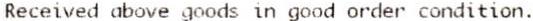
RECEIVED ABOVE GOODS IN GOOD ORDER CONDITION.